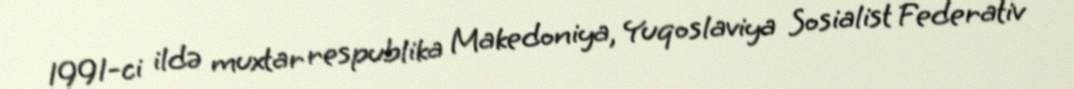
1991-ci ildə muxtar respublika Makedoniya, Yuqoslaviya Sosialist Federativ